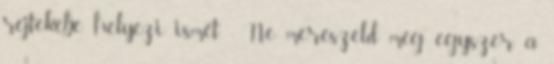
rejtekébe helyezi ismét. - Ne merészeld még egyszer a